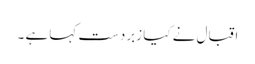
اقبال نے کیا زبردست کہا ہے ۔